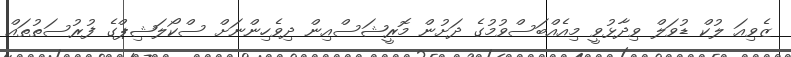
ޒެވިއަ ލުކް ޑުވަލް ވިދާޅުވީ މިއެއްބަސްވުމުގެ ދަށުން މޮރީޝަސްއިން ދިވެހިންނަށް ސްކޯލަޝިޕްގެ ފުރުސަތުތައް